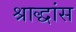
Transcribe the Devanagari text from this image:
श्राद्धांस